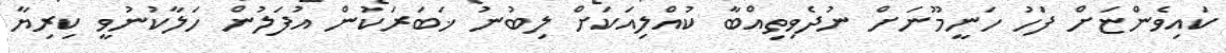
ކައިވެންޏަށް ފަހު ހަނީމޫނަށް ނުދެވިތިއްބާ ކުއްލިއަކަށް ލިބުނު ޚަބަރަކުން އުފަލުން ހަލާކުނުވީ ކިރިޔާ